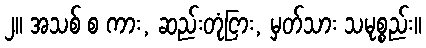
၂။ အသစ် စ ကား, ဆည်းတုံငြား, မှတ်သား သမုစ္စည်း။